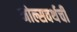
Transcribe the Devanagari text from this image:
मोल्सवर्थची